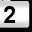
Digit: 2